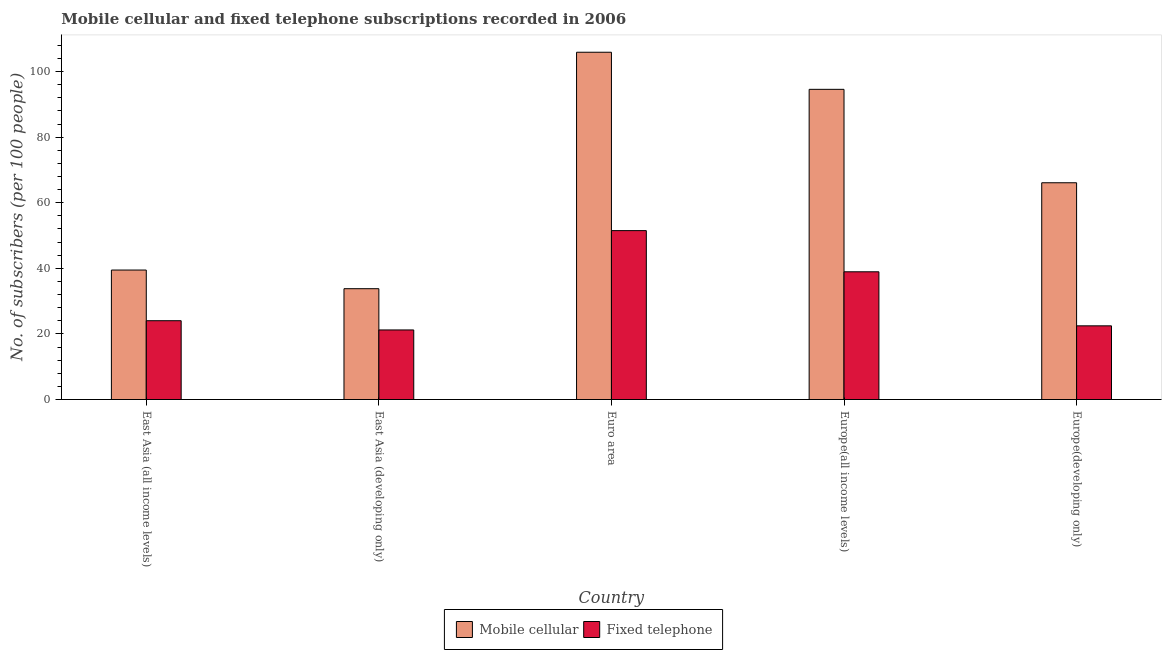
| Country | Mobile cellular | Fixed telephone |
 | --- | --- | --- |
 | East Asia (all income levels) | 39.5 | 24 |
 | East Asia (developing only) | 33.8 | 21.2 |
 | Euro area | 106 | 51.5 |
 | Europe(all income levels) | 94.6 | 38.9 |
 | Europe(developing only) | 66.1 | 22.5 |